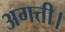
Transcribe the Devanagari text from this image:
अगत्ती।